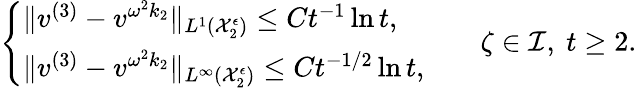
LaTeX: \begin{array}{r}{\left\{ \begin{array}{ll}{\| v^{(3)}-v^{\omega^{2}k_{2}}\| _{L^{1}(\mathcal{X}_{2}^{\epsilon})}\leq Ct^{-1}\ln t,}\\ {\| v^{(3)}-v^{\omega^{2}k_{2}}\| _{L^{\infty}(\mathcal{X}_{2}^{\epsilon})}\leq Ct^{-1/2}\ln t,}\end{array}\right.\qquad\zeta\in\mathcal{I},\ t\geq 2.}\end{array}